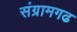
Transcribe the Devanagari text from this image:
संग्रामगढ